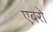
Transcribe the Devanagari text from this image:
एबरो